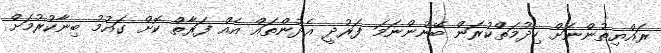
ރައްޔިތުންނަށް ހިދުމަތްކުރަން ބޭނުންނަމަ ފަރުދީ އެދުންތައް އެއް ފަރާތް ކޮށް ގައުމު ބިނާކުރުމަށް